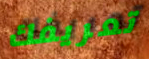
تعريفك